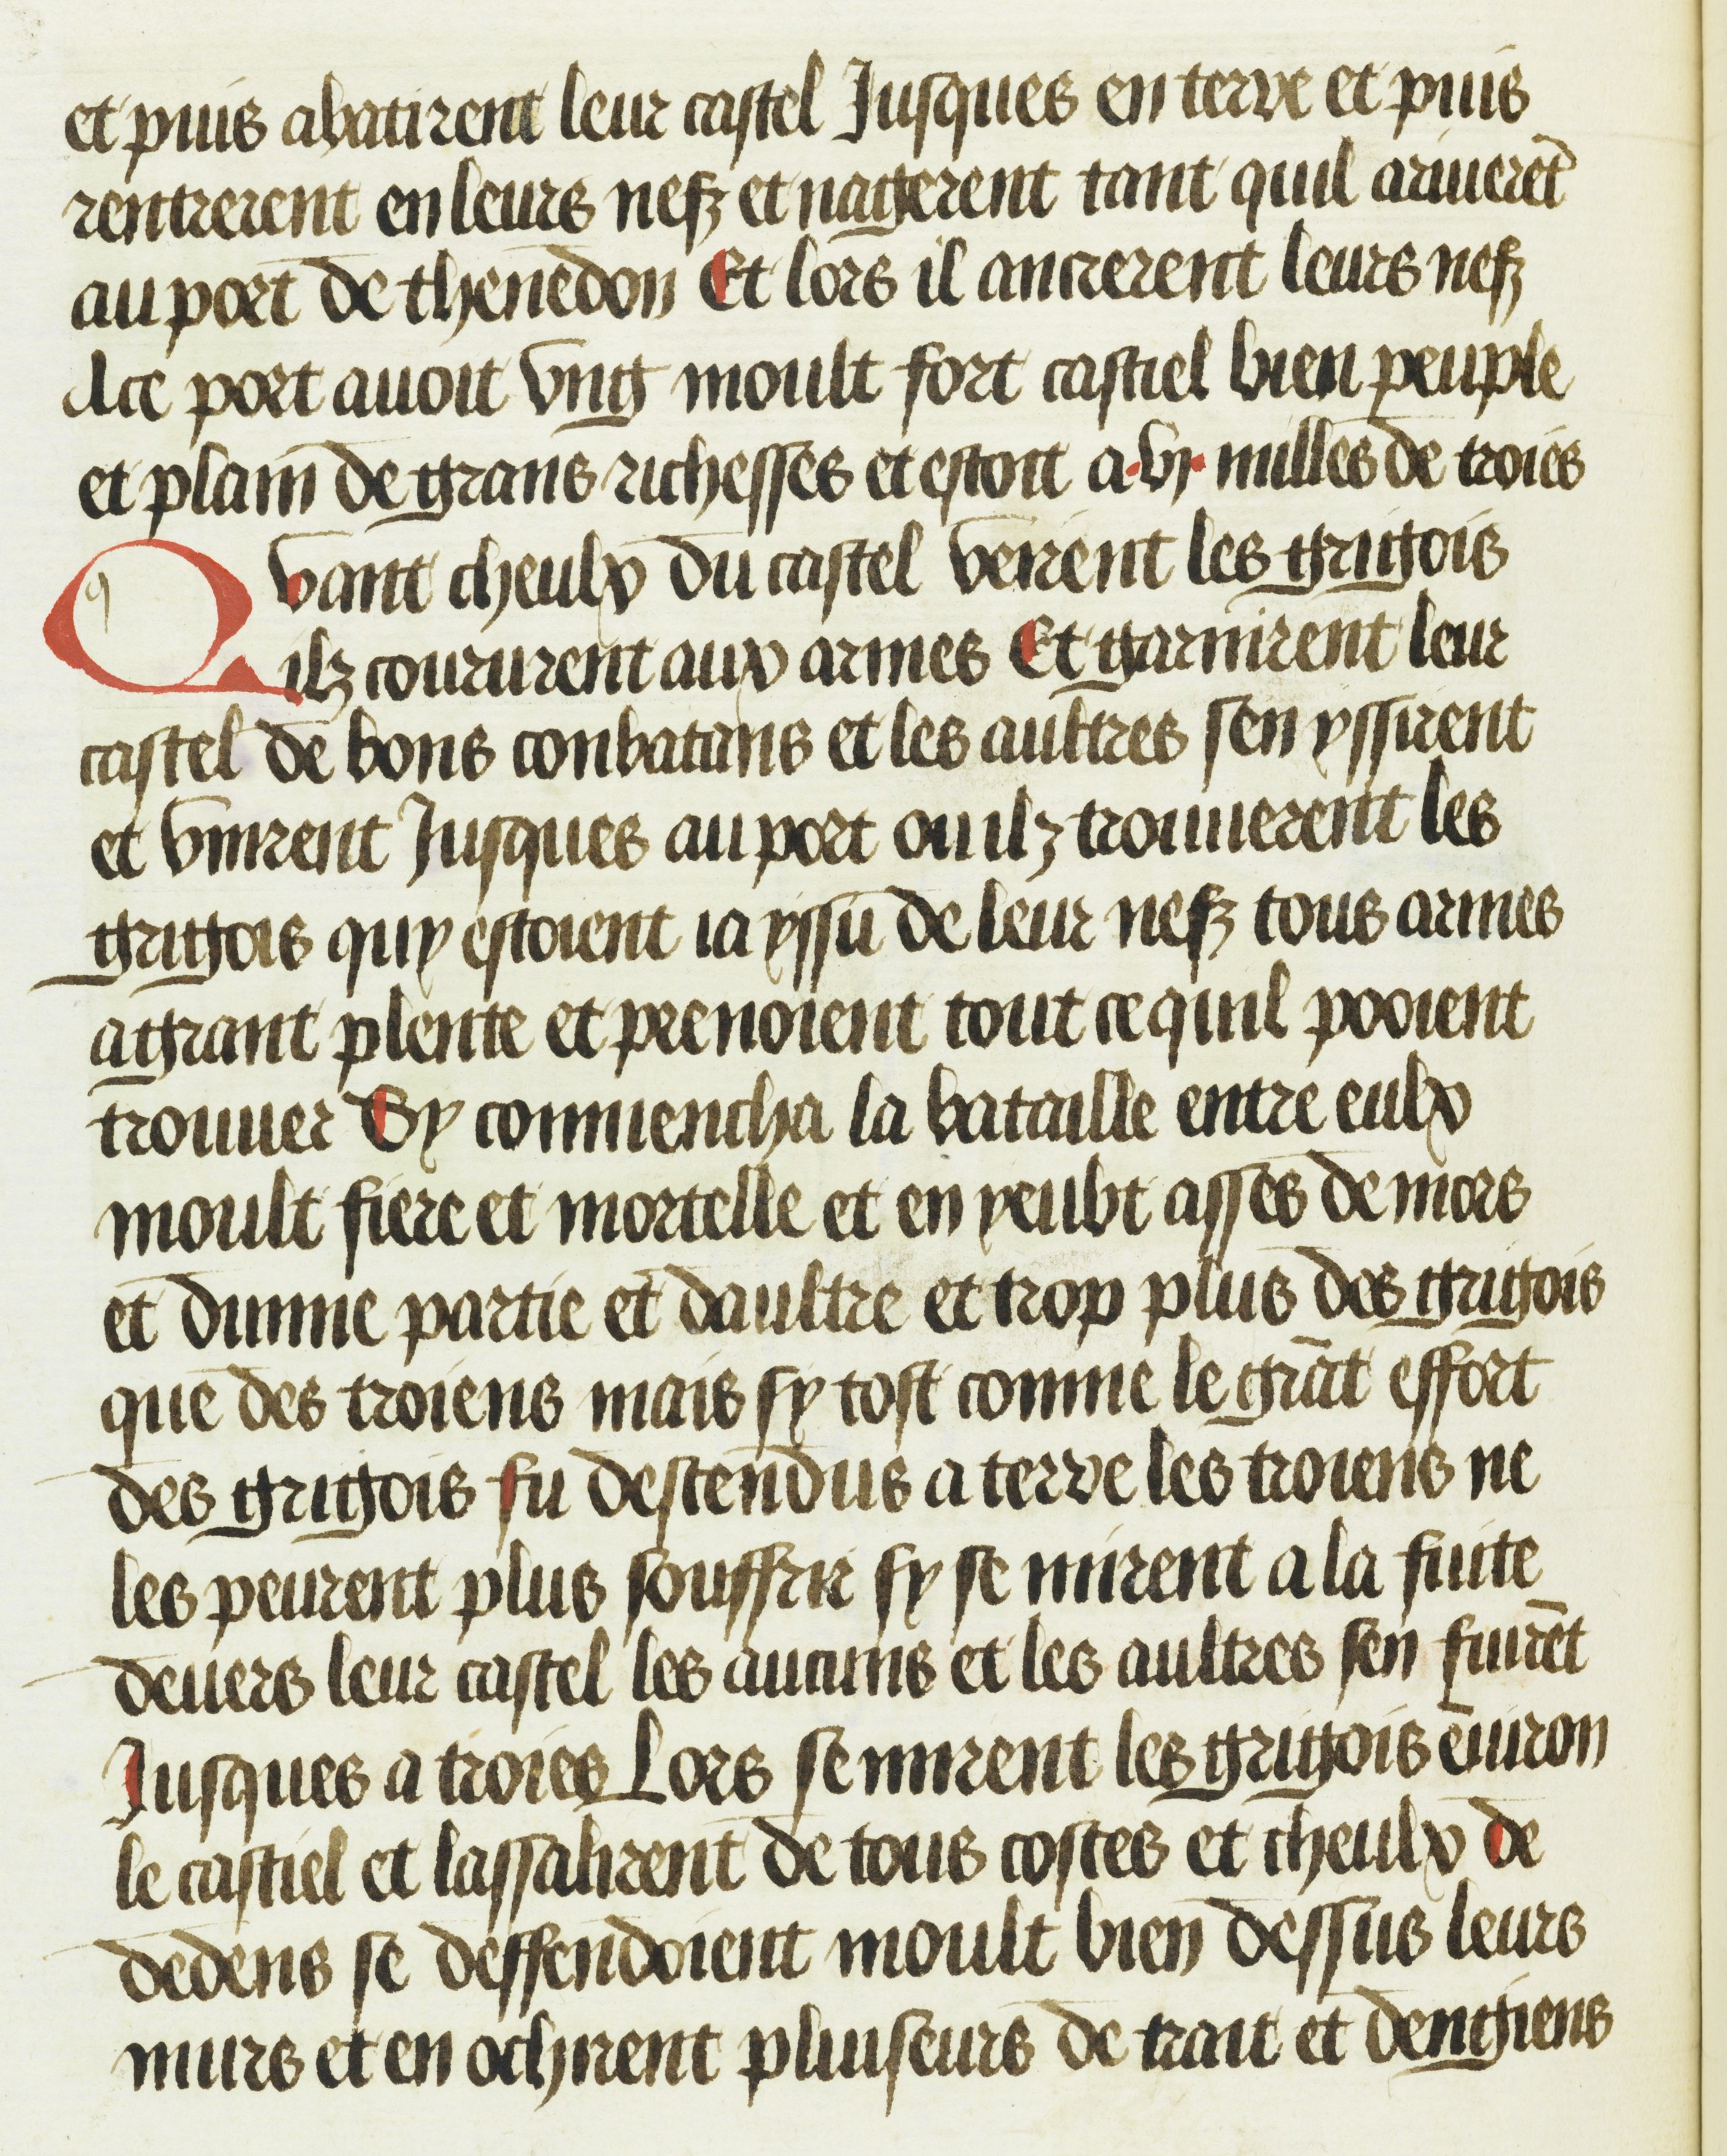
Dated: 1469–1469